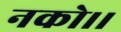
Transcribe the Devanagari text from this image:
नको।।